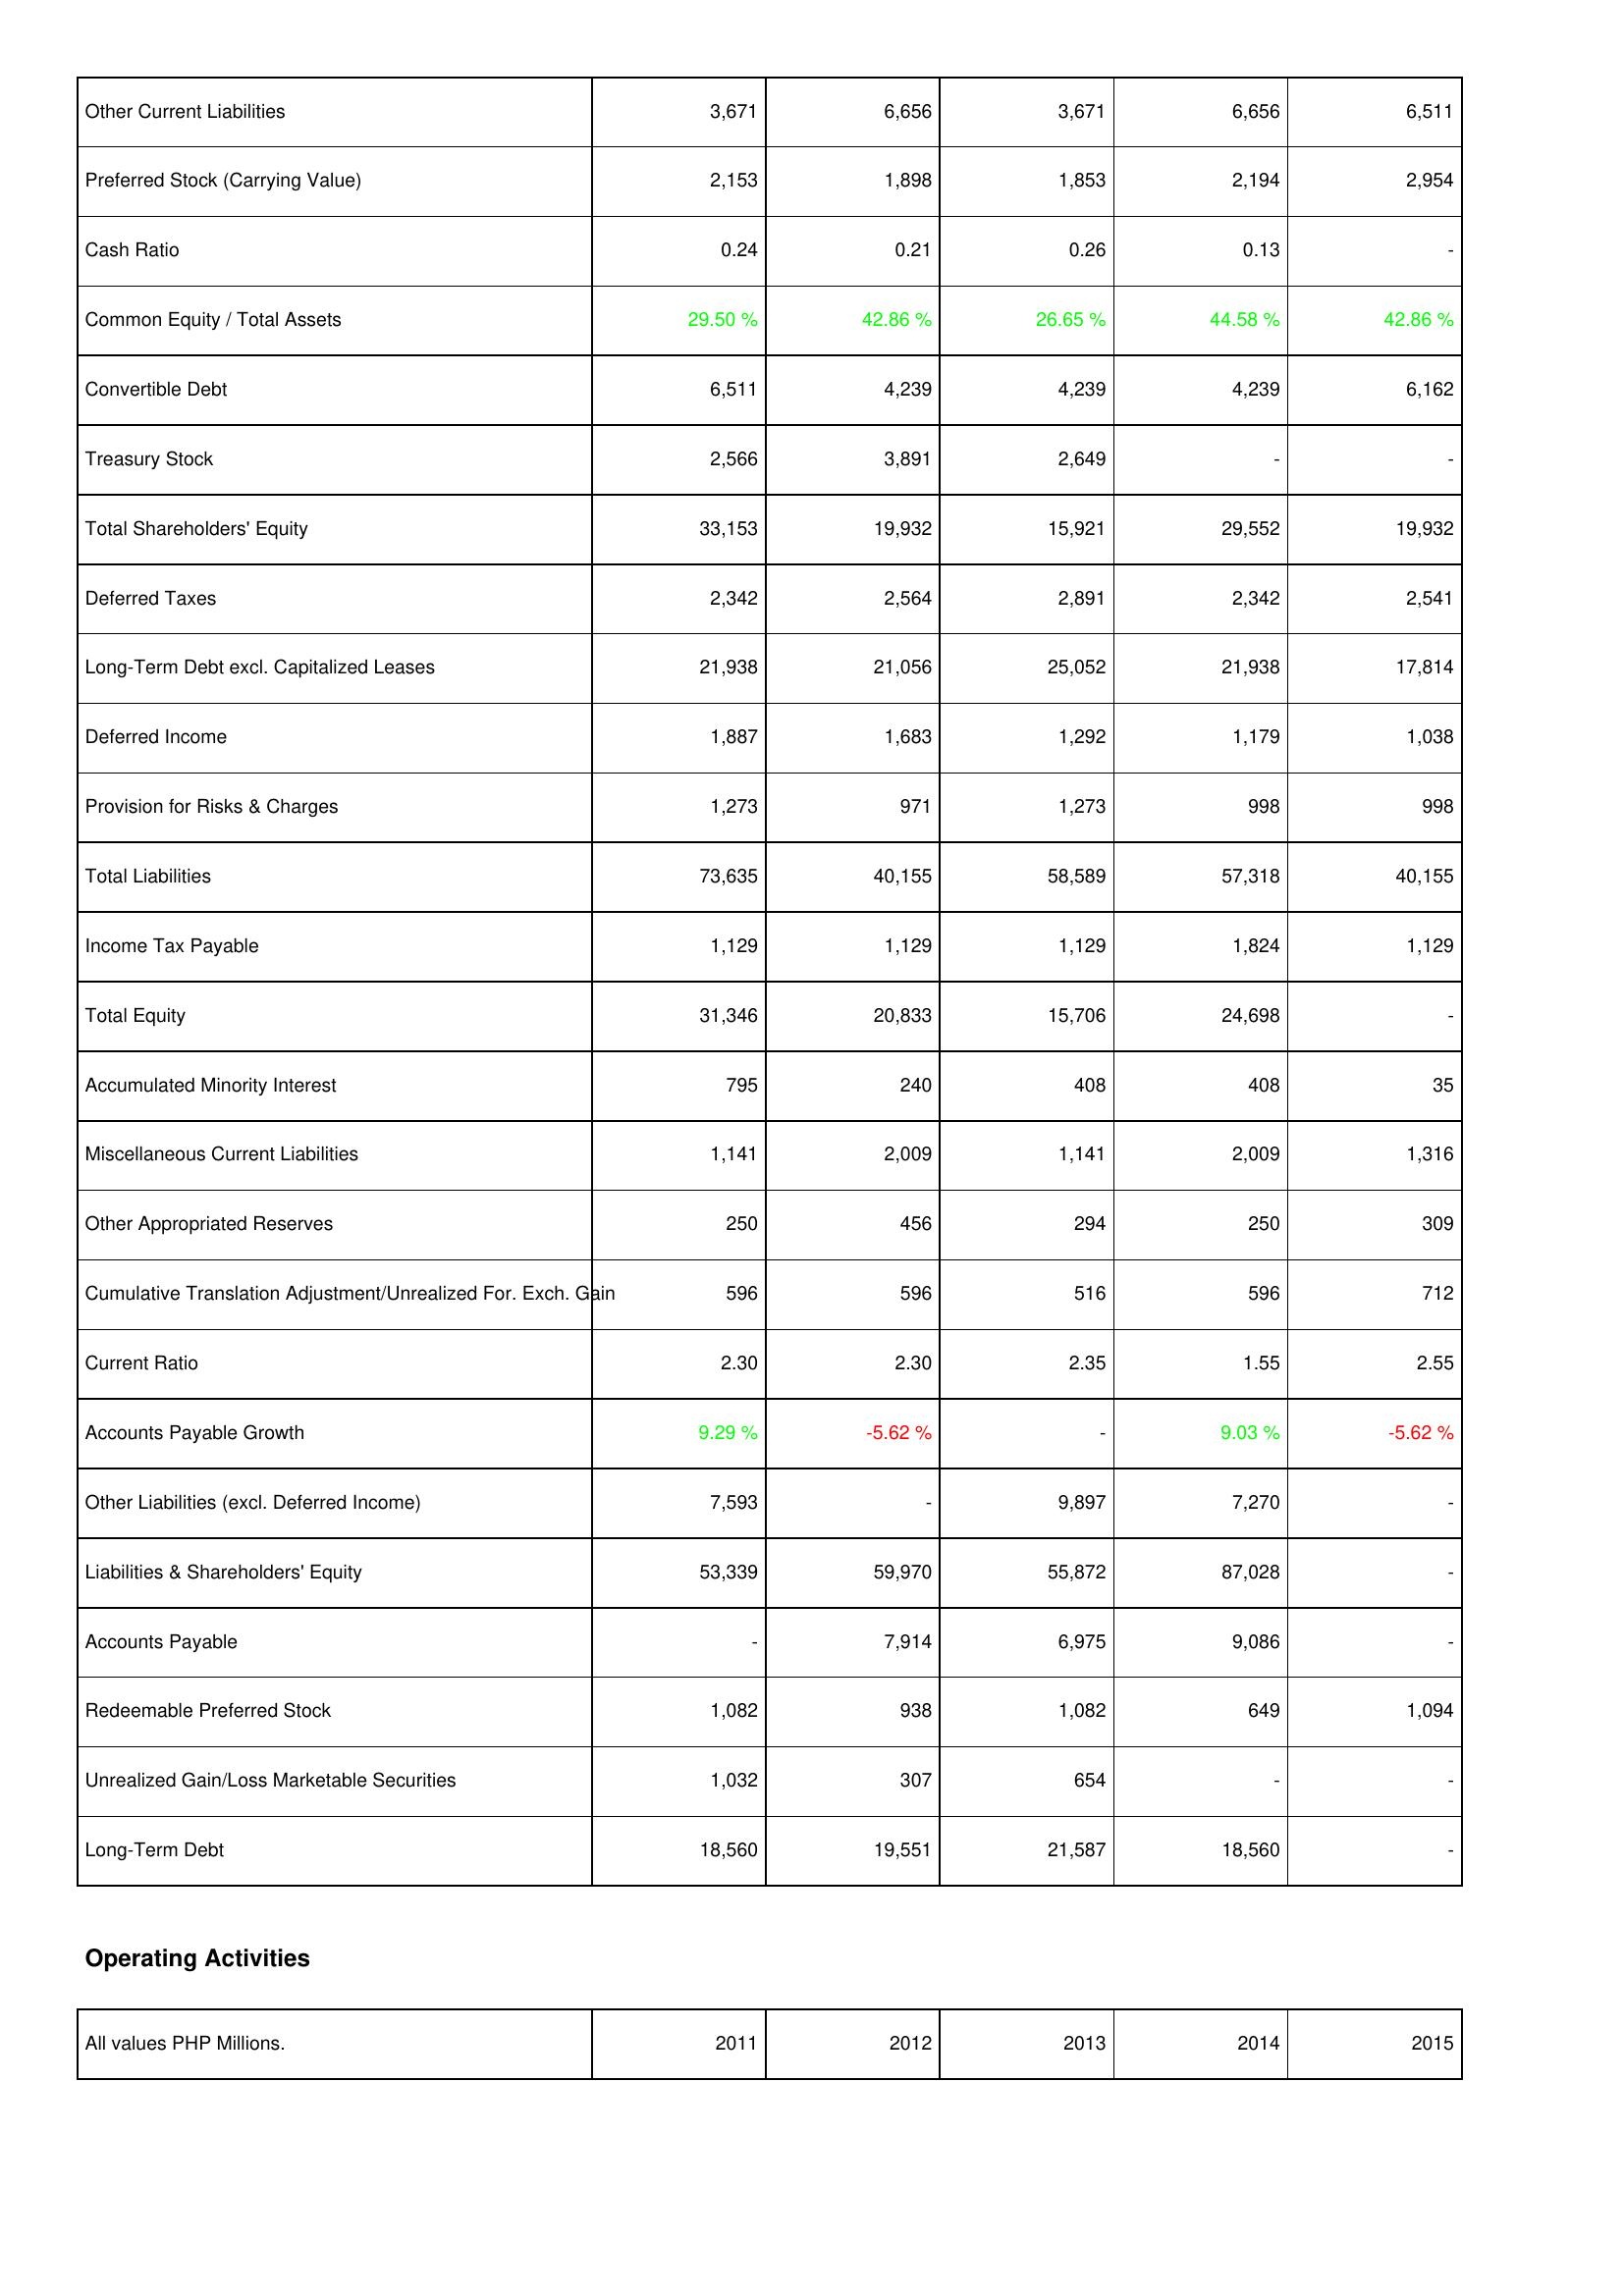
2011: Liabilities & Shareholders' Equity: Other Current Liabilities: 3,671
Preferred Stock (Carrying Value): 2,153
Cash Ratio: 0.24
Common Equity / Total Assets: 29.50 %
Convertible Debt: 6,511
Treasury Stock: 2,566
Total Shareholders' Equity: 33,153
Deferred Taxes: 2,342
Long-Term Debt excl. Capitalized Leases: 21,938
Deferred Income: 1,887
Provision for Risks & Charges: 1,273
Total Liabilities: 73,635
Income Tax Payable: 1,129
Total Equity: 31,346
Accumulated Minority Interest: 795
Miscellaneous Current Liabilities: 1,141
Other Appropriated Reserves: 250
Cumulative Translation Adjustment/Unrealized For. Exch. Gain: 596
Current Ratio: 2.30
Accounts Payable Growth: 9.29 %
Other Liabilities (excl. Deferred Income): 7,593
Liabilities & Shareholders' Equity: 53,339
Accounts Payable: -
Redeemable Preferred Stock: 1,082
Unrealized Gain/Loss Marketable Securities: 1,032
Long-Term Debt: 18,560
2012: Liabilities & Shareholders' Equity: Other Current Liabilities: 6,656
Preferred Stock (Carrying Value): 1,898
Cash Ratio: 0.21
Common Equity / Total Assets: 42.86 %
Convertible Debt: 4,239
Treasury Stock: 3,891
Total Shareholders' Equity: 19,932
Deferred Taxes: 2,564
Long-Term Debt excl. Capitalized Leases: 21,056
Deferred Income: 1,683
Provision for Risks & Charges: 971
Total Liabilities: 40,155
Income Tax Payable: 1,129
Total Equity: 20,833
Accumulated Minority Interest: 240
Miscellaneous Current Liabilities: 2,009
Other Appropriated Reserves: 456
Cumulative Translation Adjustment/Unrealized For. Exch. Gain: 596
Current Ratio: 2.30
Accounts Payable Growth: -5.62 %
Other Liabilities (excl. Deferred Income): -
Liabilities & Shareholders' Equity: 59,970
Accounts Payable: 7,914
Redeemable Preferred Stock: 938
Unrealized Gain/Loss Marketable Securities: 307
Long-Term Debt: 19,551
2013: Liabilities & Shareholders' Equity: Other Current Liabilities: 3,671
Preferred Stock (Carrying Value): 1,853
Cash Ratio: 0.26
Common Equity / Total Assets: 26.65 %
Convertible Debt: 4,239
Treasury Stock: 2,649
Total Shareholders' Equity: 15,921
Deferred Taxes: 2,891
Long-Term Debt excl. Capitalized Leases: 25,052
Deferred Income: 1,292
Provision for Risks & Charges: 1,273
Total Liabilities: 58,589
Income Tax Payable: 1,129
Total Equity: 15,706
Accumulated Minority Interest: 408
Miscellaneous Current Liabilities: 1,141
Other Appropriated Reserves: 294
Cumulative Translation Adjustment/Unrealized For. Exch. Gain: 516
Current Ratio: 2.35
Accounts Payable Growth: -
Other Liabilities (excl. Deferred Income): 9,897
Liabilities & Shareholders' Equity: 55,872
Accounts Payable: 6,975
Redeemable Preferred Stock: 1,082
Unrealized Gain/Loss Marketable Securities: 654
Long-Term Debt: 21,587
2014: Liabilities & Shareholders' Equity: Other Current Liabilities: 6,656
Preferred Stock (Carrying Value): 2,194
Cash Ratio: 0.13
Common Equity / Total Assets: 44.58 %
Convertible Debt: 4,239
Treasury Stock: -
Total Shareholders' Equity: 29,552
Deferred Taxes: 2,342
Long-Term Debt excl. Capitalized Leases: 21,938
Deferred Income: 1,179
Provision for Risks & Charges: 998
Total Liabilities: 57,318
Income Tax Payable: 1,824
Total Equity: 24,698
Accumulated Minority Interest: 408
Miscellaneous Current Liabilities: 2,009
Other Appropriated Reserves: 250
Cumulative Translation Adjustment/Unrealized For. Exch. Gain: 596
Current Ratio: 1.55
Accounts Payable Growth: 9.03 %
Other Liabilities (excl. Deferred Income): 7,270
Liabilities & Shareholders' Equity: 87,028
Accounts Payable: 9,086
Redeemable Preferred Stock: 649
Unrealized Gain/Loss Marketable Securities: -
Long-Term Debt: 18,560
2015: Liabilities & Shareholders' Equity: Other Current Liabilities: 6,511
Preferred Stock (Carrying Value): 2,954
Cash Ratio: -
Common Equity / Total Assets: 42.86 %
Convertible Debt: 6,162
Treasury Stock: -
Total Shareholders' Equity: 19,932
Deferred Taxes: 2,541
Long-Term Debt excl. Capitalized Leases: 17,814
Deferred Income: 1,038
Provision for Risks & Charges: 998
Total Liabilities: 40,155
Income Tax Payable: 1,129
Total Equity: -
Accumulated Minority Interest: 35
Miscellaneous Current Liabilities: 1,316
Other Appropriated Reserves: 309
Cumulative Translation Adjustment/Unrealized For. Exch. Gain: 712
Current Ratio: 2.55
Accounts Payable Growth: -5.62 %
Other Liabilities (excl. Deferred Income): -
Liabilities & Shareholders' Equity: -
Accounts Payable: -
Redeemable Preferred Stock: 1,094
Unrealized Gain/Loss Marketable Securities: -
Long-Term Debt: -